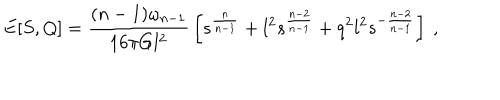
LaTeX: E [ S , Q ] = { \frac { ( n - 1 ) \omega _ { n - 1 } } { 1 6 \pi G l ^ { 2 } } } \left[ s ^ { \frac { n } { n - 1 } } + l ^ { 2 } s ^ { \frac { n - 2 } { n - 1 } } + q ^ { 2 } l ^ { 2 } s ^ { - { \frac { n - 2 } { n - 1 } } } \right] \ ,